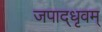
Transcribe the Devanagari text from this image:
जपाद्‌धृवम्